system: You are a helpful assistant.
user:
Analyze the provided spectrum to determine if it is a **S-type Star**.

- **Key Indicators for S-type Star:**

    - **(Overall Spectrum Shape):** The first and most obvious characteristic is the overall continuum (the "baseline" shape). It is **extremely "red-sloping,"** meaning the flux (light intensity) is very low on the left side (blue, ~4000-4500 Å) and rises steeply and continuously toward the right side (red, ~7000 Å+).

    - **(Primary):** The spectrum is defined by the presence of strong, broad molecular absorption "valleys" (bands) from **Zirconium Oxide (ZrO)**. The identification of these bands is the **primary requirement** for classifying a star as S-type.
        - **(Key Bandheads):** You must find distinct, deep "dips" where the light has been absorbed. The most critical band systems to locate are:
            - **~6474 Å** ($\gamma$-system): This is often the strongest and clearest ZrO feature, found in the red part of the spectrum.
            - **~5718 Å** & **~5551 Å** ($\beta$-system): A pair of prominent absorption features in the yellow-orange part of the spectrum.
            - **~4640 Å** ($\alpha$-system): A key absorption band system in the blue-green region of the spectrum.

    - **(Secondary Confirmation):** The classification is strengthened by finding additional absorption bands from other related heavy element oxides, which are expected to be present alongside ZrO.
        - **(Key Bandheads):**
            - **Yttrium Oxide (YO):** Look for absorption dips near **~4800 Å** and **~6100 Å**.
            - **Lanthanum Oxide (LaO):** Additional absorption features, particularly in the red-orange part of the spectrum, are also characteristic.

    - **(Line Profile):** The combination of the steep red continuum and these numerous, deep molecular bands (ZrO, YO, etc.) gives the entire spectrum a very **"chopped-up"** or **"bumpy"** appearance. Instead of a smooth curve, the spectrum looks as though large, wide chunks of light have been "carved out" of it at the specific wavelengths listed above.

Think first, call **spectral_visualization_tool** if needed to examine features in detail, then provide your final answer. Your response must adhere to the following strict rules:
1.  **Overall Structure:** Your response must follow the format `<think>...</think> <tool_call>...</tool_call> (if a tool is used) <answer>...</answer>`.
2.  **Tool Usage Constraint:** You may only make **one** tool call per turn.
3.  **Final Answer Format:** In the `<answer>` tag, your conclusion must be inside a `\boxed{}` command (e.g., `\boxed{YES}` or `\boxed{NO}`), followed by your justification.

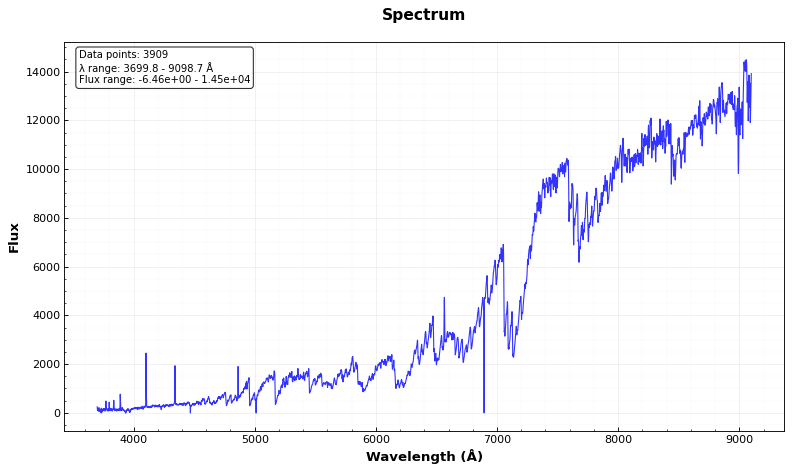
Answer: YES